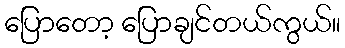
ပြောတော့ ပြောချင်တယ်ကွယ်။